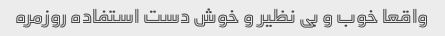
واقعا خوب و بی نظیر و خوش دست استفاده روزمره